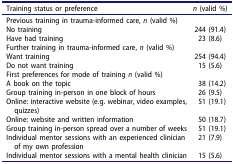
<table><thead><tr><td><b>Training status or preference</b></td><td><b><i>n</i> (valid %)</b></td></tr></thead><tbody><tr><td>Previous training in trauma-informed care, <i>n</i> (valid %)</td><td> </td></tr><tr><td>No training</td><td>244 (91.4)</td></tr><tr><td>Have had training</td><td>23 (8.6)</td></tr><tr><td>Further training in trauma-informed care, <i>n</i> (valid %)</td><td> </td></tr><tr><td>Want training</td><td>254 (94.4)</td></tr><tr><td>Do not want training</td><td>15 (5.6)</td></tr><tr><td>First preferences for mode of training <i>n</i> (valid %)</td><td> </td></tr><tr><td>A book on the topic</td><td>38 (14.2)</td></tr><tr><td>Group training in-person in one block of hours</td><td>26 (9.5)</td></tr><tr><td>Online: interactive website (e.g. webinar, video examples, quizzes)</td><td>51 (19.1)</td></tr><tr><td>Online: website and written information</td><td>50 (18.7)</td></tr><tr><td>Group training in-person spread over a number of weeks</td><td>51 (19.1)</td></tr><tr><td>Individual mentor sessions with an experienced clinician of my own profession</td><td>21 (7.9)</td></tr><tr><td>Individual mentor sessions with a mental health clinician</td><td>15 (5.6)</td></tr></tbody></table>